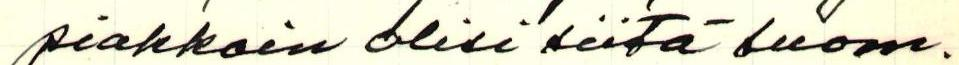
piakkoin olisi siitä suom.